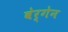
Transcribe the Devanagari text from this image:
बेर्गेन